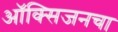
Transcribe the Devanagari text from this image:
ऑक्‍सिजनचा